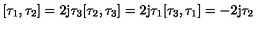
[ \tau _ { 1 } , \tau _ { 2 } ] = 2 \mathrm { j } \tau _ { 3 } [ \tau _ { 2 } , \tau _ { 3 } ] = 2 \mathrm { j } \tau _ { 1 } [ \tau _ { 3 } , \tau _ { 1 } ] = - 2 \mathrm { j } \tau _ { 2 }